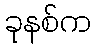
ခုနစ်က